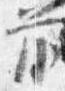
前